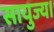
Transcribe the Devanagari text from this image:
सायुज्य।